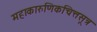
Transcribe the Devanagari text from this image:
महाकारुणिकचित्तसूत्र